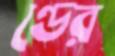
ণ্ডের